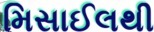
મિસાઈલથી